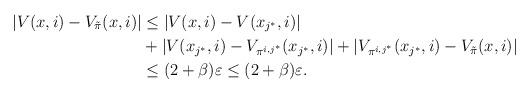
LaTeX: \begin{align*}| V(x,i) - V_{\tilde{\pi}}(x,i) | & \leq |V(x,i) - V(x_{j^*},i)| \\& + |V(x_{j^*},i) - V_{\pi^{i,j^*}}(x_{j^*},i)| + |V_{\pi^{i,j^*}}(x_{j^*},i) - V_{\tilde{\pi}}(x,i)| \\& \leq (2 + \beta) \varepsilon \leq (2 + \beta) \varepsilon.\end{align*}